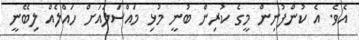
އެވެ. އެ ކުންފުނިން މީގެ ކުރިން ބުނީ މުޅި މައްސަލައަށް ހައްލެއް ލިބޭނީ